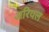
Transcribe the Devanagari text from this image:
अरियल